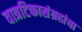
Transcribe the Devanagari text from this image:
वात्रटिकासंग्रहांचा